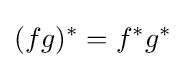
(fg)^{*}=f^{*}g^{*}